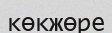
көкжөре